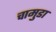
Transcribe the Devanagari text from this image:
चामुडा